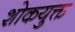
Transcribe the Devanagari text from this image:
शोकयुक्त